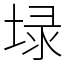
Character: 𡍖